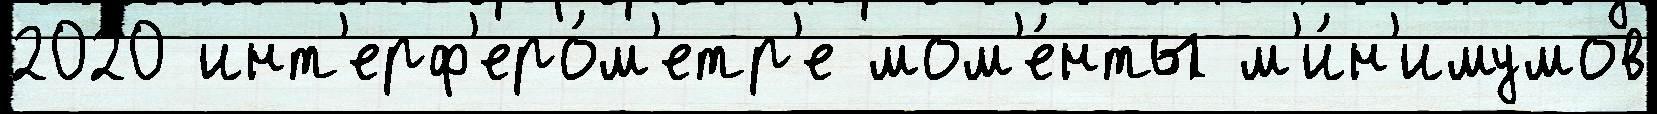
2020 инт'ерф'еро́м'етр'е мом'е́нты м'и́н'имумов